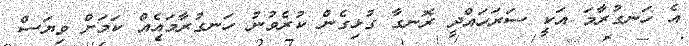
އެ ހަނގުރާމަ އަކީ ސަރަހައްދީ ރޮނގާ ގުޅިގެން ކުރެވުނު ހަނގުރާމައެއް ކަމަށް ވިޔަސް